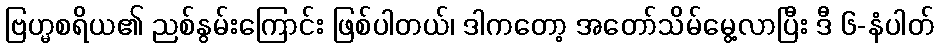
ဗြဟ္မစရိယ၏ ညစ်နွမ်းကြောင်း ဖြစ်ပါတယ်၊ ဒါကတော့ အတော်သိမ်မွေ့လာပြီး ဒီ ၆-နံပါတ်